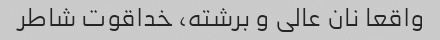
واقعا نان عالی و برشته، خداقوت شاطر